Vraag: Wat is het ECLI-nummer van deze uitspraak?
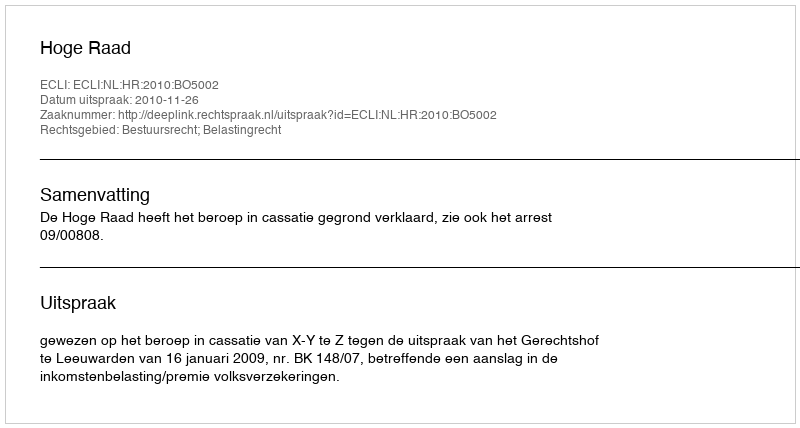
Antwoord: ECLI:NL:HR:2010:BO5002